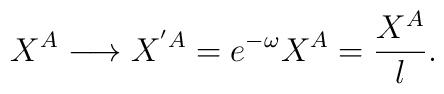
X^A \longrightarrow X ^{'{A}} = e^{-\omega} X^A =\frac{X^A}{l} .